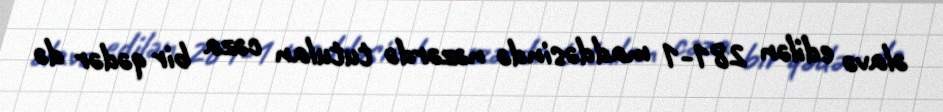
əlavə edilən 281-1 maddəsində nəzərdə tutulan cəza bir qədər də